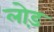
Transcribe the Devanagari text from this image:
लोड़